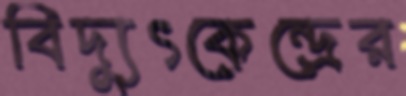
বিদ্যুৎকেন্দ্রের